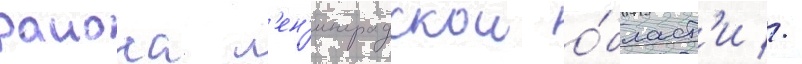
раиона л'ен'инградскои о́бласт'и //